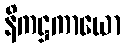
နိကဋ္ဌကာယော